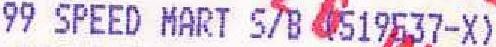
99 SPEED MART S/B (519537-X)